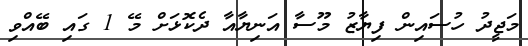
މަޖީދު ހުސައިން ފިޔާޒު މޫސާ އަނިޔާއާ ދެކޮޅަށް މޭ 1 ގައި ބޭއްވި